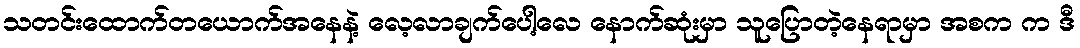
သတင်းထောက်တယောက်အနေနဲ့ လေ့လာချက်ပေါ့လေ နောက်ဆုံးမှာ သူပြောတဲ့နေရာမှာ အစက က ဒီ